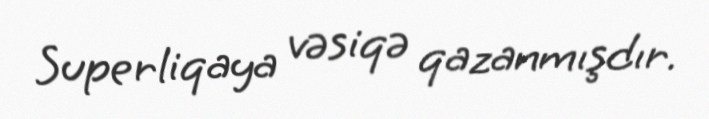
Superliqaya vəsiqə qazanmışdır.